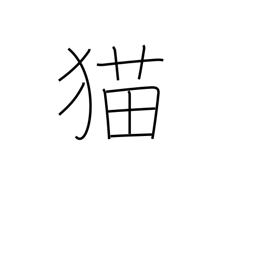
Meaning: cat